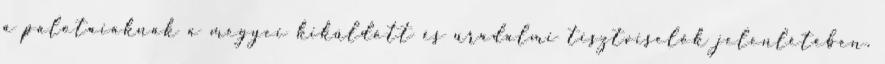
a palotaiaknak a megyei kiküldött és uradalmi tisztviselők jelenlétében.